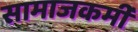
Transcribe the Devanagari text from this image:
सामाजकर्मी